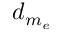
d _ { m _ { e } }